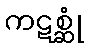
ကဋစ္ဆုံ